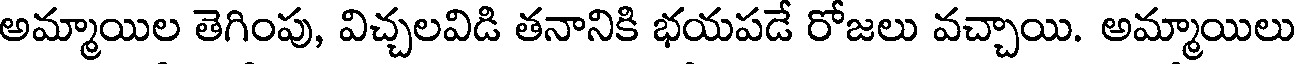
అమ్మాయిల తెగింపు, విచ్చలవిడి తనానికి భయపడే రోజలు వచ్చాయి. అమ్మాయిలు